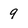
Character: 9